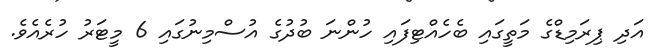
އަދި ޕިރަމިޑްގެ މަތީގައި ބެހެއްޓިފައި ހުންނަ ބުދުގެ އުސްމިނުގައި 6 މީޓަރު ހުރެއެވެ.